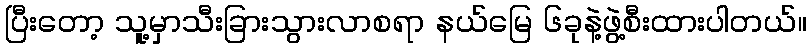
ပြီးတော့ သူ့မှာသီးခြားသွားလာစရာ နယ်မြေ ၆ခုနဲ့ဖွဲ့စီးထားပါတယ်။